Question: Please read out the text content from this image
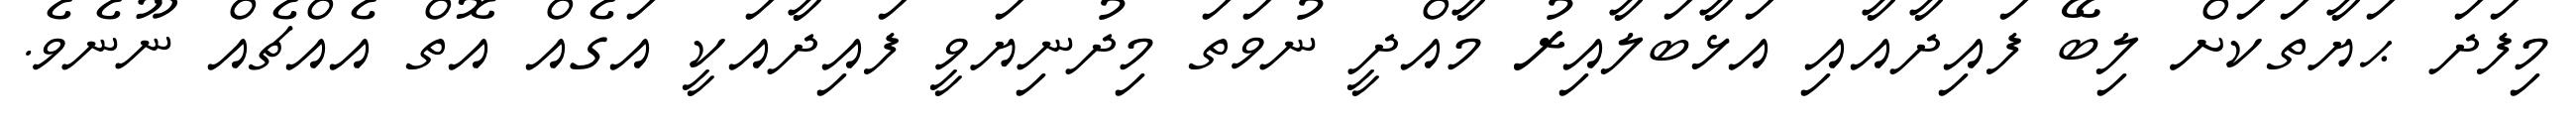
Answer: މިފަދަ ޙަޔާތަކަށް ލިބޭ ފައިދާއާއި އަޅާބަލާއިރު މާއްދީ ނުވަތަ މިދުނިޔަވީ ފައިދާއަކީ އަގެއް އޮތް އެއްޗެއް ނޫނެވެ.